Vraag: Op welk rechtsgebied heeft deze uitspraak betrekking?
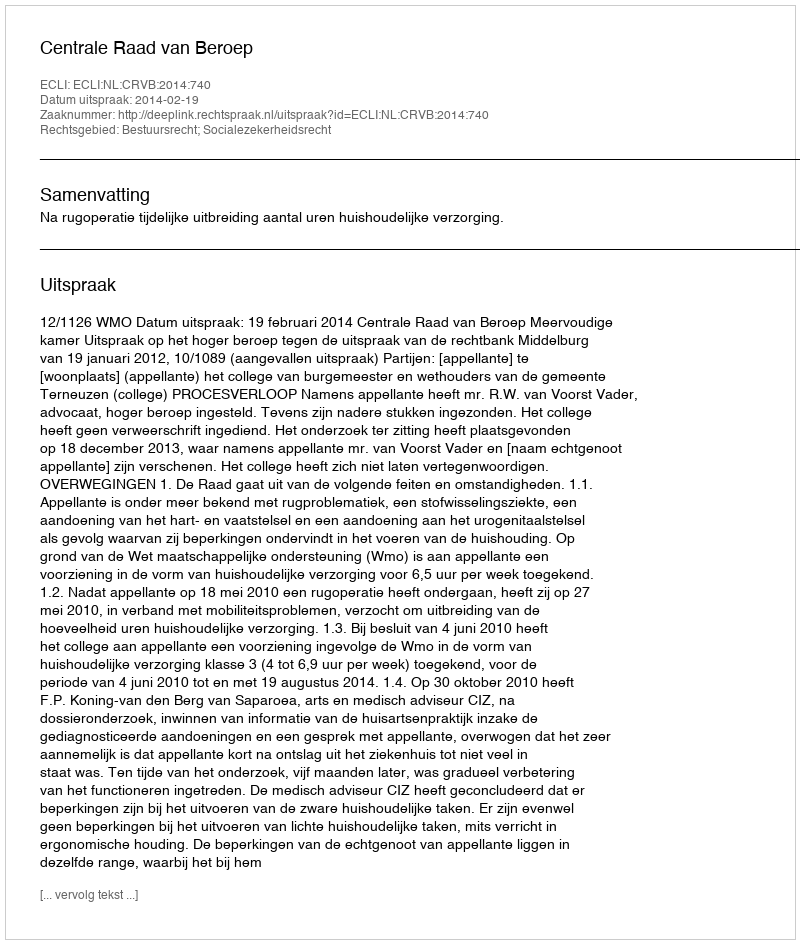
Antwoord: Bestuursrecht; Socialezekerheidsrecht